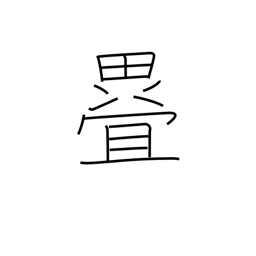
Meaning: fold